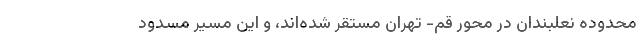
محدوده نعلبندان در محور قم‌- تهران مستقر شده‌اند، و این مسیر مسدود